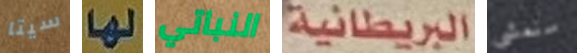
سيتا لها النباتي البريطانية سنمشي